Scottish Leaving Certificate Examination, 1959
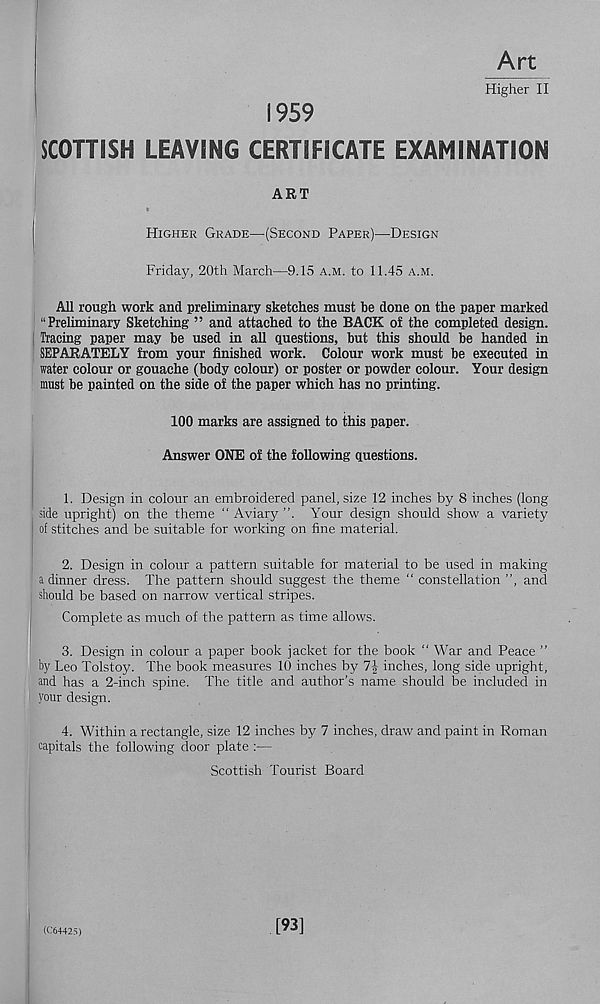
Art
Higher II
1959
SCOTTISH LEAVING CERTIFICATE EXAMINATION
ART
Higher Grade—(Second Paper)—Design
Friday, 20th March—9.15 a.m. to 11.45 a.m.
All rough work and preliminary sketches must be done on the paper marked
“Preliminary Sketching ” and attached to the BACK of the completed design,
i Tracing paper may be used in all questions, but this should be handed in
SEPARATELY from your finished work. Colour work must be executed in
water colour or gouache (body colour) or poster or powder colour. Your design
must be painted on the side of the paper which has no printing.
100 marks are assigned to this paper.
Answer ONE of the following questions.
1. Design in colour an embroidered panel, size 12 inches by 8 inches (long
side upright) on the theme “ Aviary ”. Your design should show a variety
of stitches and be suitable for working on fine material.
2. Design in colour a pattern suitable for material to be used in making
a dinner dress. The pattern should suggest the theme “ constellation ”, and
should be based on narrow vertical stripes.
Complete as much of the pattern as time allows.
3. Design in colour a paper book jacket for the book “ War and Peace ”
by Leo Tolstoy. The book measures 10 inches by 1\ inches, long side upright,
and has a 2-inch spine. The title and author’s name should be included in
your design.
4. Within a rectangle, size 12 inches by 7 inches, draw and paint in Roman
capitals the following door plate :—
Scottish Tourist Board
(064425)
[93]